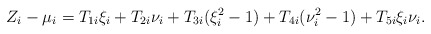
\begin{align*}Z_i - \mu_i &= T_{1i} \xi_i + T_{2i} \nu_i + T_{3i} (\xi_i^2 - 1) + T_{4i} (\nu_i^2 - 1) + T_{5i} \xi_i \nu_i.\end{align*}